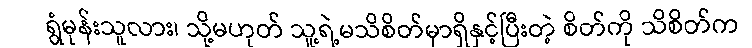
ရွံမုန်းသူလား၊ သို့မဟုတ် သူ့ရဲ့မသိစိတ်မှာရှိနှင့်ပြီးတဲ့ စိတ်ကို သိစိတ်က